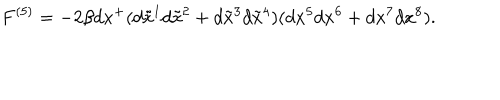
LaTeX: F ^ { ( 5 ) } = - 2 \beta d x ^ { + } ( d \tilde { x } ^ { 1 } d \tilde { x } ^ { 2 } + d \tilde { x } ^ { 3 } d \tilde { x } ^ { 4 } ) ( d x ^ { 5 } d x ^ { 6 } + d x ^ { 7 } d x ^ { 8 } ) .